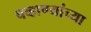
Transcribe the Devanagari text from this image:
चव्हाण्यांच्या